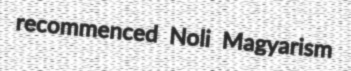
recommenced Noli Magyarism